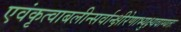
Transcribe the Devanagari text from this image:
एवंकृत्वाबलीन्सर्वान्क्षीरेणाभ्युक्ष्यवाग्यतः